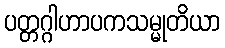
ပတ္တဂ္ဂါဟာပကသမ္မုတိယာ